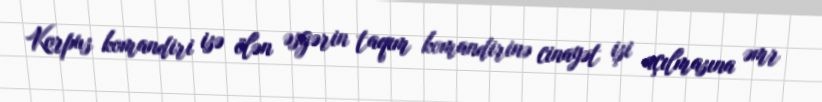
Korpus komandiri isə ölən əsgərin taqım komandirinə cinayət işi açılmasına əmr